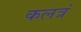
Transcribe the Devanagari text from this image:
कलत्रं